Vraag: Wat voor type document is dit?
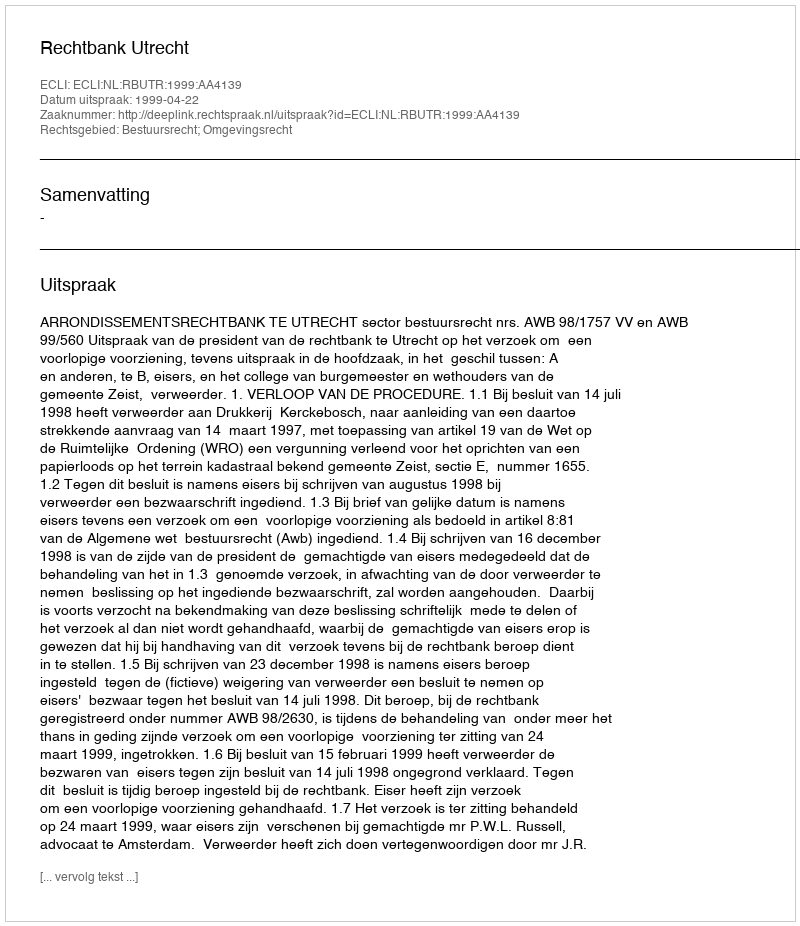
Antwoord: Uitspraak